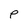
Character: p